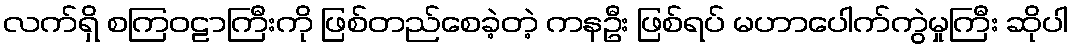
လက်ရှိ စကြဝဠာကြီးကို ဖြစ်တည်စေခဲ့တဲ့ ကနဦး ဖြစ်ရပ် မဟာပေါက်ကွဲမှုကြီး ဆိုပါ